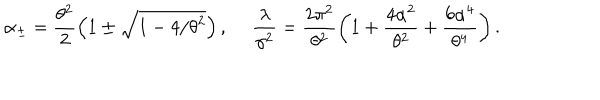
\alpha _ { \pm } = \frac { \theta ^ { 2 } } { 2 } \left( 1 \pm \sqrt { 1 - 4 / \theta ^ { 2 } } \right) , \ \frac { \lambda } { \gamma ^ { 2 } } = \frac { 2 \pi ^ { 2 } } { \theta ^ { 2 } } \left( 1 + \frac { 4 \alpha ^ { 2 } } { \theta ^ { 2 } } + \frac { 6 \alpha ^ { 4 } } { \theta ^ { 4 } } \right) .